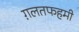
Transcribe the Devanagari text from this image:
ग़लतफहमी